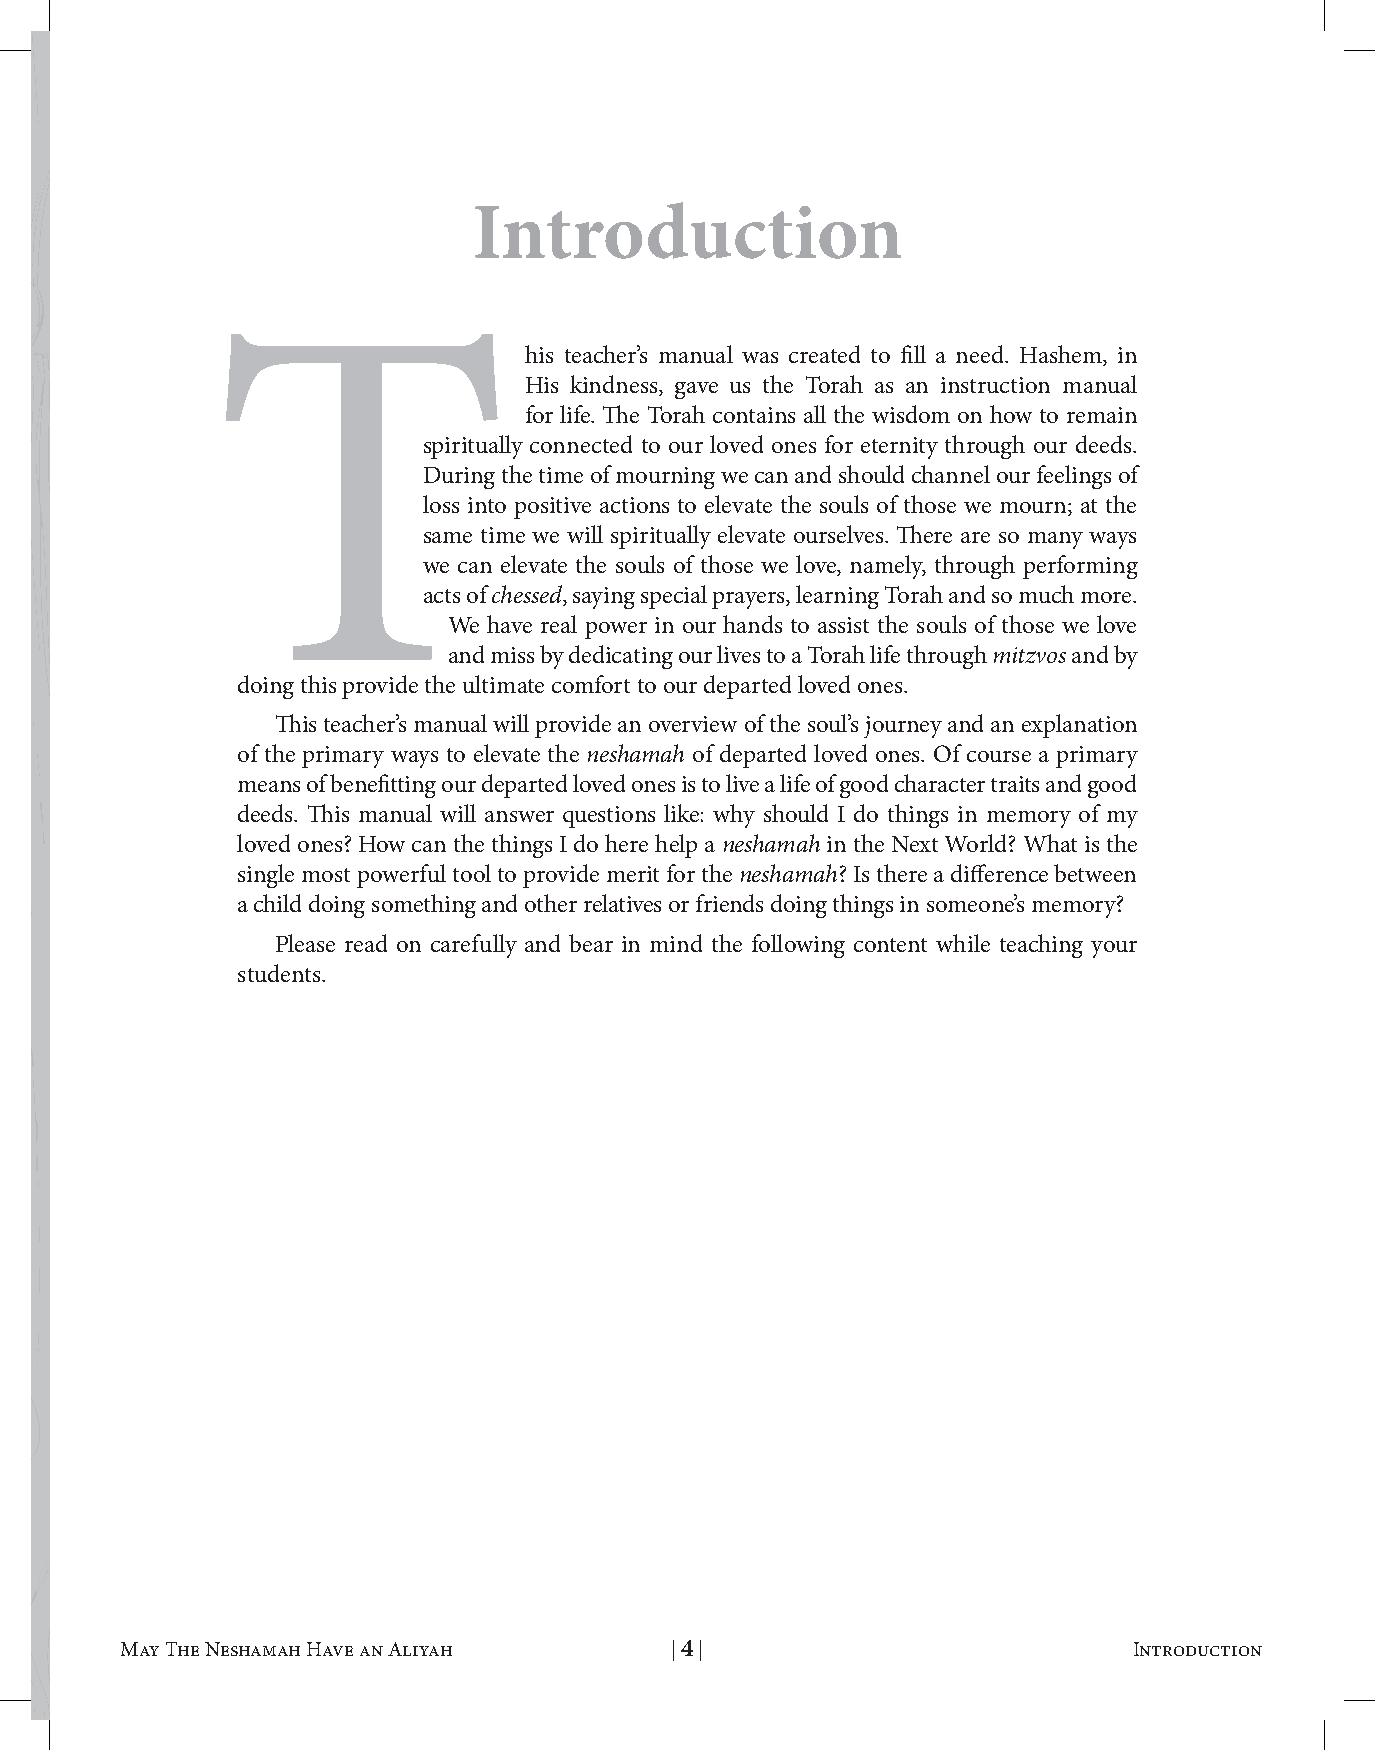
introduction
 T                    his teacher’s manual was created to fill a need. Hashem, in
 His kindness, gave us the Torah as an instruction manual
 for life. The Torah contains all the wisdom on how to remain
 spiritually connected to our loved ones for eternity through our deeds.
 During the time of mourning we can and should channel our feelings of
 loss into positive actions to elevate the souls of those we mourn; at the
 same time we will spiritually elevate ourselves. There are so many ways
 we can elevate the souls of those we love, namely, through performing
 acts of chessed, saying special prayers, learning Torah and so much more.
 We have real power in our hands to assist the souls of those we love
 and miss by dedicating our lives to a Torah life through mitzvos and by
 doing this provide the ultimate comfort to our departed loved ones.
 This teacher’s manual will provide an overview of the soul’s journey and an explanation
 of the primary ways to elevate the neshamah of departed loved ones. Of course a primary
 means of benefitting our departed loved ones is to live a life of good character traits and good
 deeds. This manual will answer questions like: why should I do things in memory of my
 loved ones? How can the things I do here help a neshamah in the Next World? What is the
 single most powerful tool to provide merit for the neshamah? Is there a difference between
 a child doing something and other relatives or friends doing things in someone’s memory?
 Please read on carefully and bear in mind the following content while teaching your
 students.
 May The Neshamah Have an Aliyah | 3 | Letter to Teachers May The Neshamah Have an Aliyah | 4 | Introduction